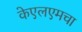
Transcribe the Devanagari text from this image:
केएलएमचा